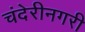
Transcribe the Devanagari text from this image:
चंदेरीनगरी